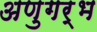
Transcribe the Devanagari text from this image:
अणुगर्भ